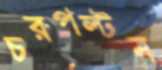
চরপল্টন